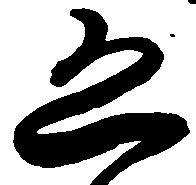
恐